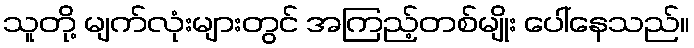
သူတို့ မျက်လုံးများတွင် အကြည့်တစ်မျိုး ပေါ်နေသည်။